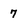
Character: 7